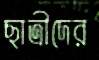
ছাত্রীদের